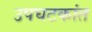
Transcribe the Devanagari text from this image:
उपघटकांत